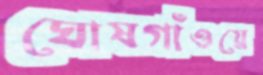
ঘোষগাঁওয়ে